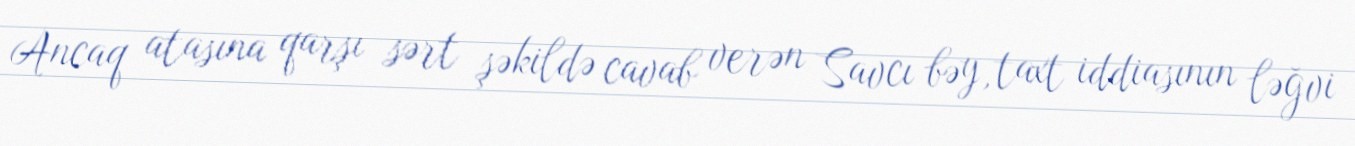
Ancaq atasına qarşı sərt şəkildə cavab verən Savcı bəy, taxt iddiasının ləğvi